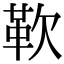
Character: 𩉢